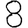
Digit: 8